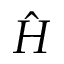
\hat { H }